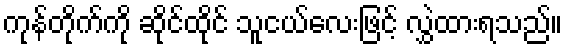
ကုန်တိုက်ကို ဆိုင်ထိုင် သူငယ်လေးဖြင့် လွှဲထားရသည်။